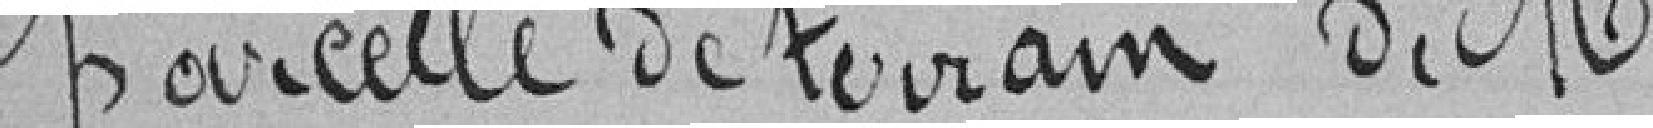
parcelle de terrain de Monsieur